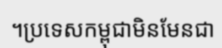
។ប្រទេសកម្ពុជាមិនមែនជា